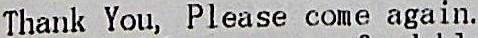
THANK YOU, PLEASE COME AGAIN.